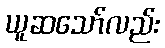
ယူဆသော်လည်း